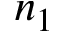
n _ { 1 }